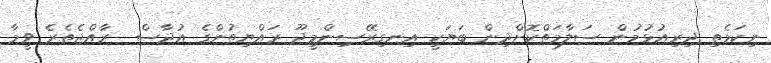
ނިކަމެތި ދިރިއުޅުމުން ސަލާމަތްކޮށްދިން ބަޔަކީ އިނގިރޭސިންމީދޫ ރައްޔިތުންގެ އުދާސް  ރާއްޖެތެރެ ވީމާ